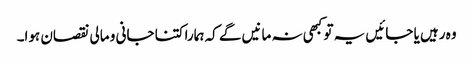
وہ رہیں یا جائیں یہ تو کبھی نہ مانیں گے کہ ہمارا کتنا جانی و مالی نقصان ہوا۔